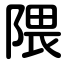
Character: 隈